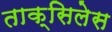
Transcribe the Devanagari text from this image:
ताक्सिलेस